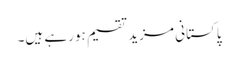
پاکستانی مزید تقسیم ہورہے ہیں۔